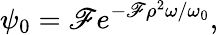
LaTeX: \psi_{0}=\mathscr{F}e^{-\mathscr{F}\rho^{2}\omega/\omega_{0}},